Civil Veterinary Department Bengal reports 1933-51 - 1933-1951
Year: 1933
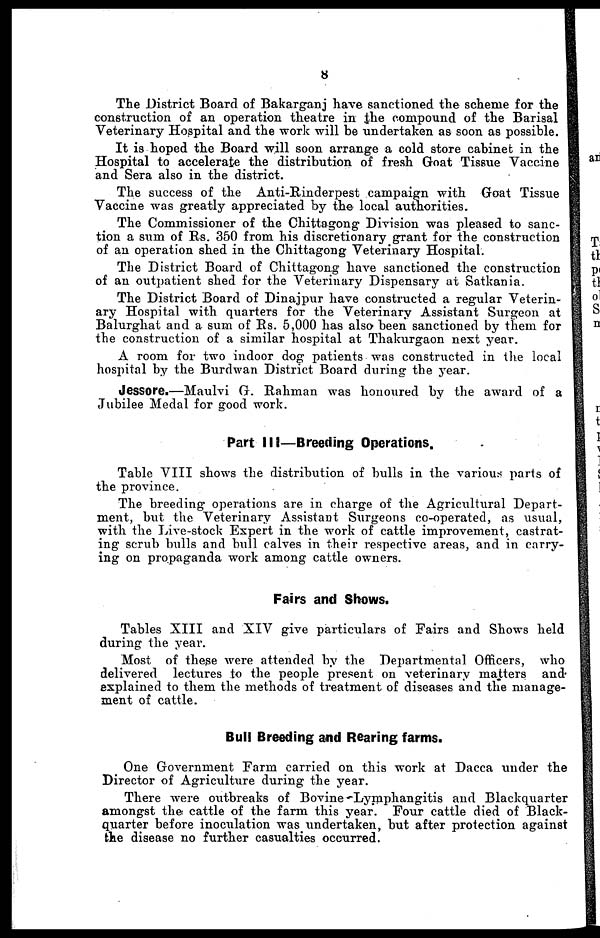
8
The District Board of Bakarganj have sanctioned the scheme for the
construction of an operation theatre in the compound of the Barisal
Veterinary Hospital and the work will be undertaken as soon as possible.
It is hoped the Board will soon arrange a cold store cabinet in the
Hospital to accelerate the distribution of fresh Goat Tissue Vaccine
and Sera also in the district.
The success of the Anti-Rinderpest campaign with Goat Tissue
Vaccine was greatly appreciated by the local authorities.
The Commissioner of the Chittagong Division was pleased to sanc-
tion a sum of Rs. 350 from his discretionary grant for the construction
of an operation shed in the Chittagong Veterinary Hospital.
The District Board of Chittagong have sanctioned the construction
of an outpatient shed for the Veterinary Dispensary at Satkania.
The District Board of Dinajpur have constructed a regular Veterin-
ary Hospital with quarters for the Veterinary Assistant Surgeon at
Balurghat and a sum of Rs. 5,000 has also been sanctioned by them for
the construction of a similar hospital at Thakurgaon next year.
A room for two indoor dog patients was constructed in the local
hospital by the Burdwan District Board during the year.
Jessore.—Maulvi G. Rahman was honoured by the award of a
Jubilee Medal for good work.
Part III—Breeding Operations,
Table VIII shows the distribution of bulls in the various parts of
the province.
The breeding operations are in charge of the Agricultural Depart-
ment, but the Veterinary Assistant Surgeons co-operated, as usual,
with the Live-stock Expert in the work of cattle improvement, castrat-
ing scrub bulls and bull calves in their respective areas, and in carry-
ing on propaganda work among cattle owners.
Fairs and Shews.
Tables XIII and XIV give particulars of Fairs and Shows held
during the year.
Most of these were attended by the Departmental Officers, who
delivered lectures to the people present on veterinary masters and
explained to them the methods of treatment of diseases and the manage-
ment of cattle.
Bull Breeding and Rearing farms.
One Government Farm carried on this work at Dacca under the
Director of Agriculture during the year.
There were outbreaks of Bovine Lymphangitis and Blackquarter
amongst the cattle of the farm this year. Four cattle died of Black-
quarter before inoculation was undertaken, but after protection against
the disease no further casualties occurred.